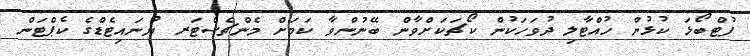
ފުޓްބޯޅަ ކުޅުން ހުއްޓާލި ދުވަހަކުން ކޯޗަކަށްވާން ބޭނުންވާ ކަމަށް މެންޗެސްޓަރ ޔުނައިޓެޑްގެ ކެޕްޓަން